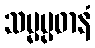
သမ္မပ္ပဓာနံ